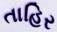
તાહિર